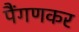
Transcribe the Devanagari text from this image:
पैंगणकर